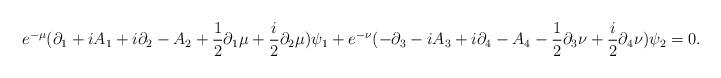
LaTeX: \begin{align*}e^{-\mu}(\partial_{1}+iA_{1}+i\partial_{2}-A_{2}+{1 \over 2}\partial_{1}\mu +{i \over 2}\partial_{2}\mu)\psi_{1}+e^{-\nu}(-\partial_{3}-iA_{3}+i\partial_{4}-A_{4}-{1 \over 2} \partial_{3}\nu + {i \over 2}\partial_{4}\nu)\psi_{2}=0.\end{align*}